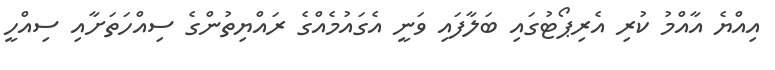
އިއްޔެ އާއްމު ކުރި އެރިޕޯޓުގައި ބަލާފައި ވަނީ އެގައުމެއްގެ ރައްޔިތުންގެ ސިއްހަތަށާއި ސިއްހީ